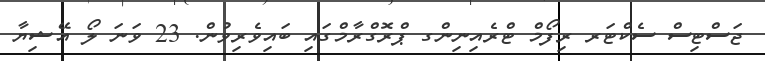
ޖަސްޓިސް ސެކްޓަރ ރިފޯމް ޓްރެއިނިންގ ޕްރޮގްރާމްގައި ބައިވެރިވުން. 23 ވަނަ ލޯ އޭޝިޔާ